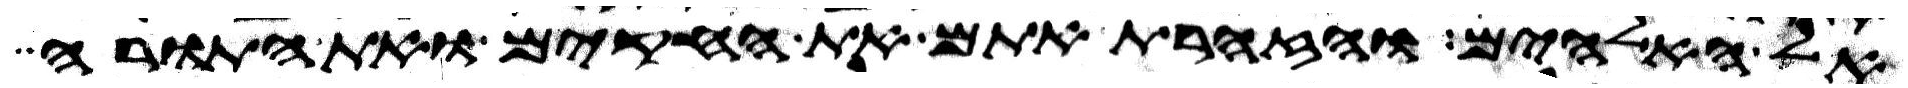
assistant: אל האלהים והזהרת אתם את החקים ואת התורה